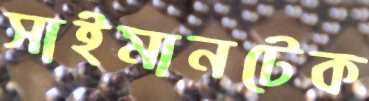
সাইমানটেক